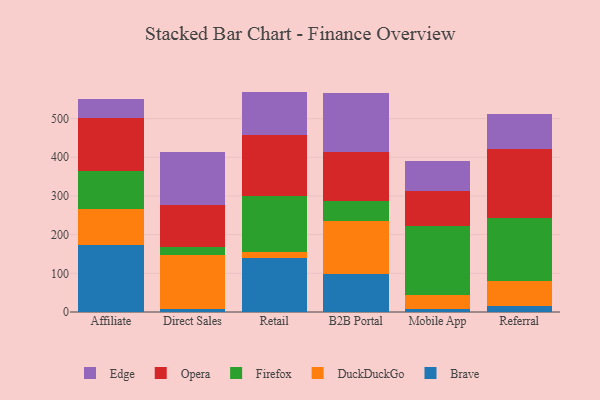
{"axis": {"x": "Channel", "y": "Energy Usage (MWh)"}, "legend": ["Brave", "DuckDuckGo", "Edge", "Firefox", "Opera"], "data": [{"x": "Affiliate", "y": 174.2, "type": "Brave"}, {"x": "Affiliate", "y": 92.6, "type": "DuckDuckGo"}, {"x": "Affiliate", "y": 96.5, "type": "Firefox"}, {"x": "Affiliate", "y": 138.1, "type": "Opera"}, {"x": "Affiliate", "y": 50.4, "type": "Edge"}, {"x": "Direct Sales", "y": 8.0, "type": "Brave"}, {"x": "Direct Sales", "y": 138.8, "type": "DuckDuckGo"}, {"x": "Direct Sales", "y": 20.3, "type": "Firefox"}, {"x": "Direct Sales", "y": 110.0, "type": "Opera"}, {"x": "Direct Sales", "y": 136.7, "type": "Edge"}, {"x": "Retail", "y": 140.8, "type": "Brave"}, {"x": "Retail", "y": 14.6, "type": "DuckDuckGo"}, {"x": "Retail", "y": 145.7, "type": "Firefox"}, {"x": "Retail", "y": 157.1, "type": "Opera"}, {"x": "Retail", "y": 111.6, "type": "Edge"}, {"x": "B2B Portal", "y": 99.5, "type": "Brave"}, {"x": "B2B Portal", "y": 136.7, "type": "DuckDuckGo"}, {"x": "B2B Portal", "y": 52.0, "type": "Firefox"}, {"x": "B2B Portal", "y": 124.5, "type": "Opera"}, {"x": "B2B Portal", "y": 153.0, "type": "Edge"}, {"x": "Mobile App", "y": 7.5, "type": "Brave"}, {"x": "Mobile App", "y": 36.1, "type": "DuckDuckGo"}, {"x": "Mobile App", "y": 179.8, "type": "Firefox"}, {"x": "Mobile App", "y": 89.1, "type": "Opera"}, {"x": "Mobile App", "y": 77.3, "type": "Edge"}, {"x": "Referral", "y": 15.4, "type": "Brave"}, {"x": "Referral", "y": 64.0, "type": "DuckDuckGo"}, {"x": "Referral", "y": 162.9, "type": "Firefox"}, {"x": "Referral", "y": 178.6, "type": "Opera"}, {"x": "Referral", "y": 91.6, "type": "Edge"}]}